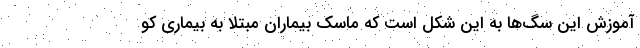
آموزش این سگ‌ها به این شکل است که ماسک بیماران مبتلا به بیماری کو